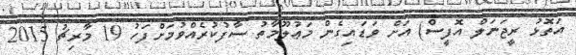
އަތޮޅު ރީޖަނަލް އޮފީސް) އަށް ވަޑައިގެން މަޢުލޫމާތު ސާފުކުރެއްވުމަށްފަހު 19 މާރިޗު 2015